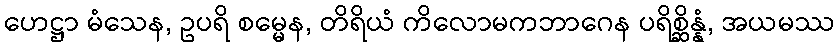
ဟေဋ္ဌာ မံသေန, ဥပရိ စမ္မေန, တိရိယံ ကိလောမကဘာဂေန ပရိစ္ဆိန္နံ, အယမဿ